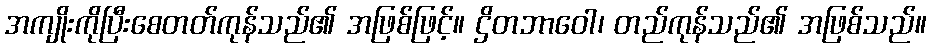
အကျိုးကိုပြီးစေတတ်ကုန်သည်၏ အဖြစ်ဖြင့်။ ဌိတဘာဝေါ၊ တည်ကုန်သည်၏ အဖြစ်သည်။